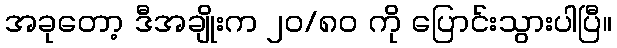
အခုတော့ ဒီအချိုးက ၂၀/၈၀ ကို ပြောင်းသွားပါပြီ။